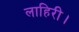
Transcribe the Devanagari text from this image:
लाहिरी।